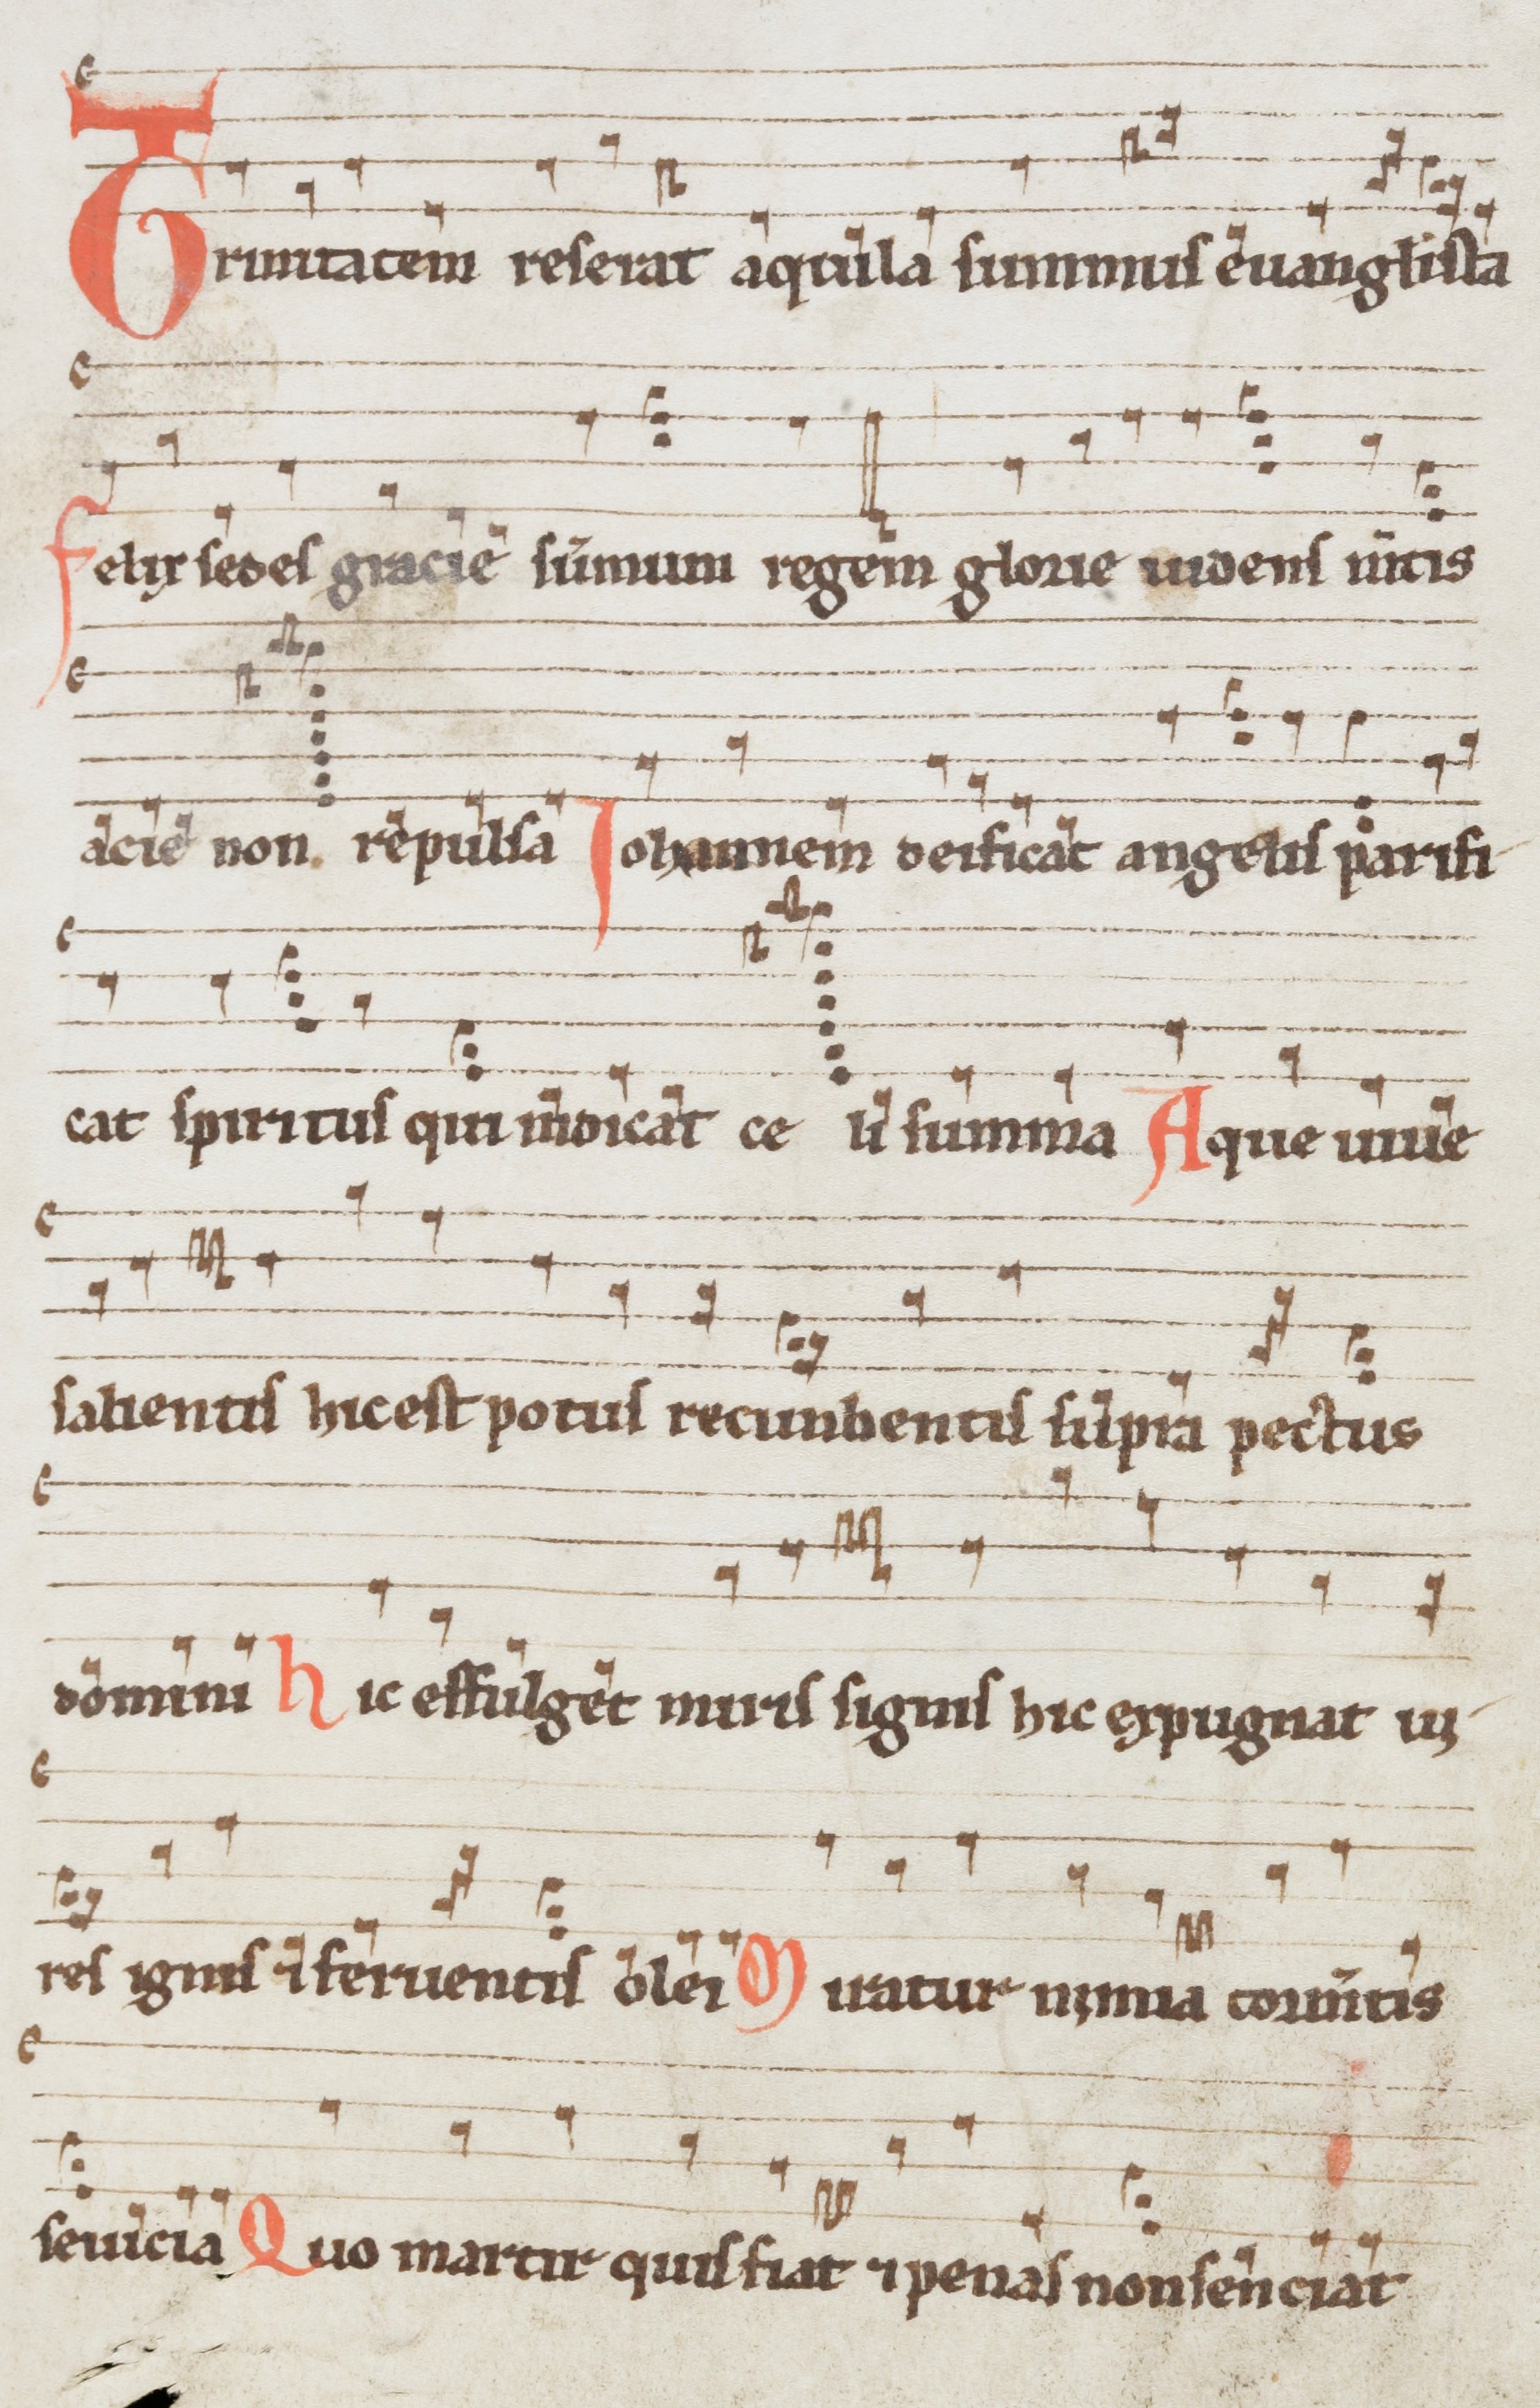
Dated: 1290–1309